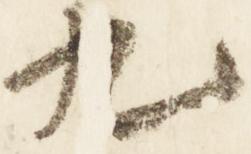
九